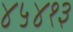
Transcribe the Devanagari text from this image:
४५४१३